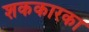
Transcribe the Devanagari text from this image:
शककारका